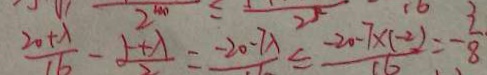
\frac { 2 0 + \lambda } { 1 6 } - \frac { 5 + \lambda } { 2 } = \frac { - 2 0 - 7 \lambda } { 1 6 } \leq \frac { - 2 0 - 7 \times ( - 2 ) } { 1 6 } = - \frac { 3 } { 8 }